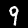
Label: 9